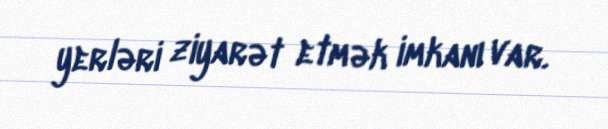
yerləri ziyarət etmək imkanı var.